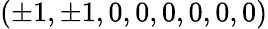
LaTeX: \left(\pm 1,\pm 1,0,0,0,0,0,0\right)